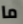
ما